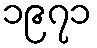
၁၉၇၁